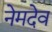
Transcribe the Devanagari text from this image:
नेमदेव